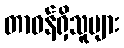
တာဝန်ရှိသူများ